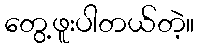
တွေ့ဖူးပါတယ်တဲ့။